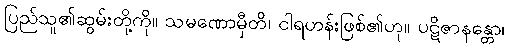
ပြည်သူ၏ဆွမ်းတို့ကို။ သမဏောမှီတိ၊ ငါရဟန်းဖြစ်၏ဟု။ ပဋိဇာနန္တော၊